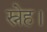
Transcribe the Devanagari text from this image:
स्नेह।